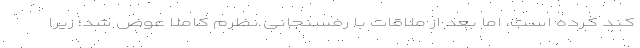
کند کرده است، اما بعد از ملاقات با رفسنجانی نظرم کاملا عوض شد؛ زیرا